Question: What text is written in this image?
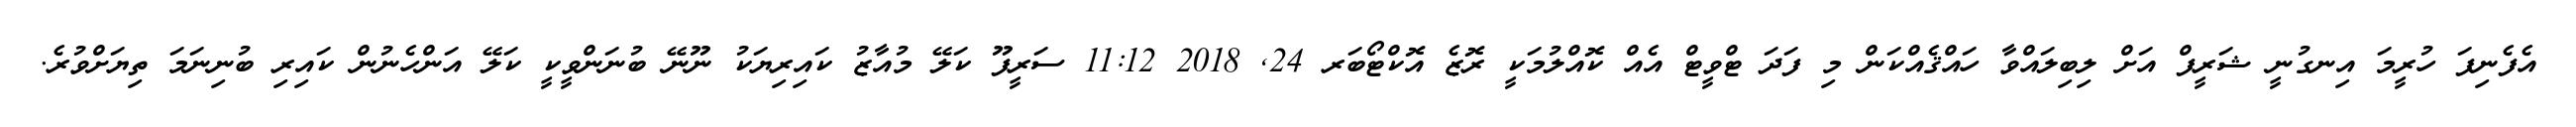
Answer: އެފެނިފަ ހުރީމަ އިނގުނީ ޝަރީފް އަށް ލިބިލައްވާ ހައްޤެއްކަން މި ފަދަ ޓްވީޓް އެއް ކޮއްލުމަކީ ރޮޒެ އޮކްޓޯބަރ 24, 2018 11:12 ސަރީފޫ ކަލޭ މުއާޒު ކައިރިޔަކު ނޫނޭ ބުނަންވީކީ ކަލޭ އަންހެނުން ކައިރި ބުނިނަމަ ތިޔަށްވުރެ.